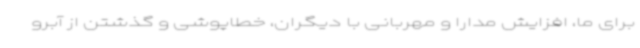
برای ما، افزایش مدارا و مهربانی با دیگران، خطاپوشی و گذشتن از آبرو